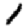
Digit: 1